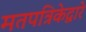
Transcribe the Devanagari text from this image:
मतपत्रिकेद्वारे